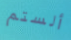
ألستم